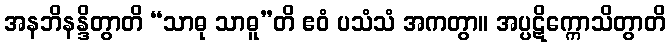
အနဘိနန္ဒိတွာတိ “သာဓု သာဓူ”တိ ဧဝံ ပသံသံ အကတွာ။ အပ္ပဋိက္ကောသိတွာတိ